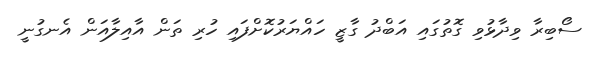
ސޯބިރާ ވިދާޅުވި ގޮތުގައި އަބްދު ގާޒީ ހައްޔަރުކޮށްފައި ހުރި ތަން އާއިލާއަން އެނގުނީ